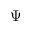
\Psi